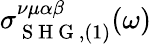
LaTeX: \sigma_{\mathrm{~S~H~G~},(1)}^{\nu\mu\alpha\beta}(\omega)